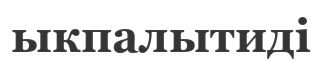
ыкпалытиді